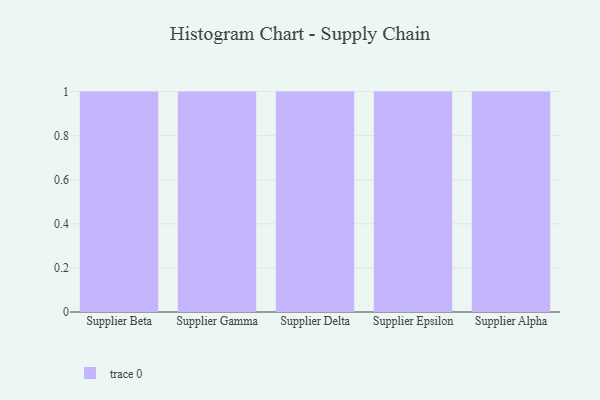
{"axis": {"x": "Supplier", "y": "Latency (ms)"}, "legend": [""], "data": [{"x": "Supplier Beta", "y": 7, "type": ""}, {"x": "Supplier Gamma", "y": 76, "type": ""}, {"x": "Supplier Delta", "y": 25, "type": ""}, {"x": "Supplier Epsilon", "y": 55, "type": ""}, {"x": "Supplier Alpha", "y": 63, "type": ""}]}